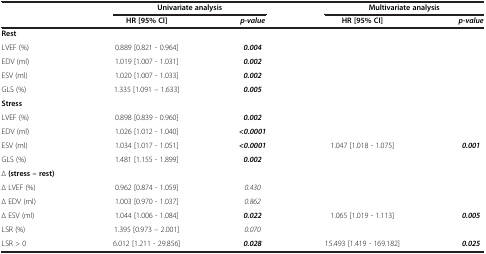
<table><thead><tr><td><b> </b></td><td colspan="2"><b>Univariate analysis</b></td><td colspan="2"><b>Multivariate analysis</b></td></tr><tr><td><b> </b></td><td><b>HR [95% CI]</b></td><td><b><i>p-value</i></b></td><td><b>HR [95% CI]</b></td><td><b><i>p-value</i></b></td></tr></thead><tbody><tr><td><b>Rest</b></td><td> </td><td> </td><td> </td><td> </td></tr><tr><td>LVEF (%)</td><td>0.889 [0.821 - 0.964]</td><td><b><i>0.004</i></b></td><td> </td><td> </td></tr><tr><td>EDV (ml)</td><td>1.019 [1.007 - 1.031]</td><td><b><i>0.002</i></b></td><td> </td><td> </td></tr><tr><td>ESV (ml)</td><td>1.020 [1.007 - 1.033]</td><td><b><i>0.002</i></b></td><td> </td><td> </td></tr><tr><td>GLS (%)</td><td>1.335 [1.091 – 1.633]</td><td><b><i>0.005</i></b></td><td> </td><td> </td></tr><tr><td><b>Stress</b></td><td> </td><td> </td><td> </td><td> </td></tr><tr><td>LVEF (%)</td><td>0.898 [0.839 - 0.960]</td><td><b><i>0.002</i></b></td><td> </td><td> </td></tr><tr><td>EDV (ml)</td><td>1.026 [1.012 - 1.040]</td><td><b><i>&lt;0.0001</i></b></td><td> </td><td> </td></tr><tr><td>ESV (ml)</td><td>1.034 [1.017 - 1.051]</td><td><b><i>&lt;0.0001</i></b></td><td>1.047 [1.018 - 1.075]</td><td><b><i>0.001</i></b></td></tr><tr><td>GLS (%)</td><td>1.481 [1.155 - 1.899]</td><td><b><i>0.002</i></b></td><td> </td><td> </td></tr><tr><td>∆ <b>(stress – rest)</b></td><td> </td><td> </td><td> </td><td> </td></tr><tr><td>∆ LVEF (%)</td><td>0.962 [0.874 - 1.059]</td><td><i>0.430</i></td><td> </td><td> </td></tr><tr><td>∆ EDV (ml)</td><td>1.003 [0.970 - 1.037]</td><td><i>0.862</i></td><td> </td><td> </td></tr><tr><td>∆ ESV (ml)</td><td>1.044 [1.006 - 1.084]</td><td><b><i>0.022</i></b></td><td>1.065 [1.019 - 1.113]</td><td><b><i>0.005</i></b></td></tr><tr><td>LSR (%)</td><td>1.395 [0.973 – 2.001]</td><td><i>0.070</i></td><td> </td><td> </td></tr><tr><td>LSR &gt; 0</td><td>6.012 [1.211 - 29.856]</td><td><b><i>0.028</i></b></td><td>15.493 [1.419 - 169.182]</td><td><b><i>0.025</i></b></td></tr></tbody></table>